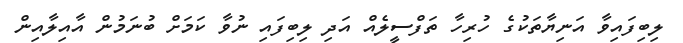
ލިބިފައިވާ އަނިޔާތަކުގެ ހުރިހާ ތަފްސީލެއް އަދި ލިބިފައި ނުވާ ކަމަށް ބުނަމުން އާއިލާއިން